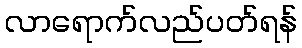
လာရောက်လည်ပတ်ရန်